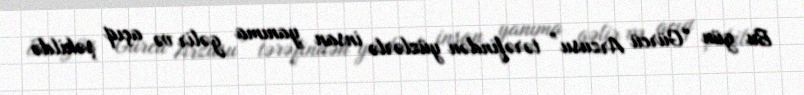
Bu gün “Gürcü Arzusu” tərəfindən yüzlərlə insan yanıma gəlir və açıq şəkildə